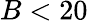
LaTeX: B<20